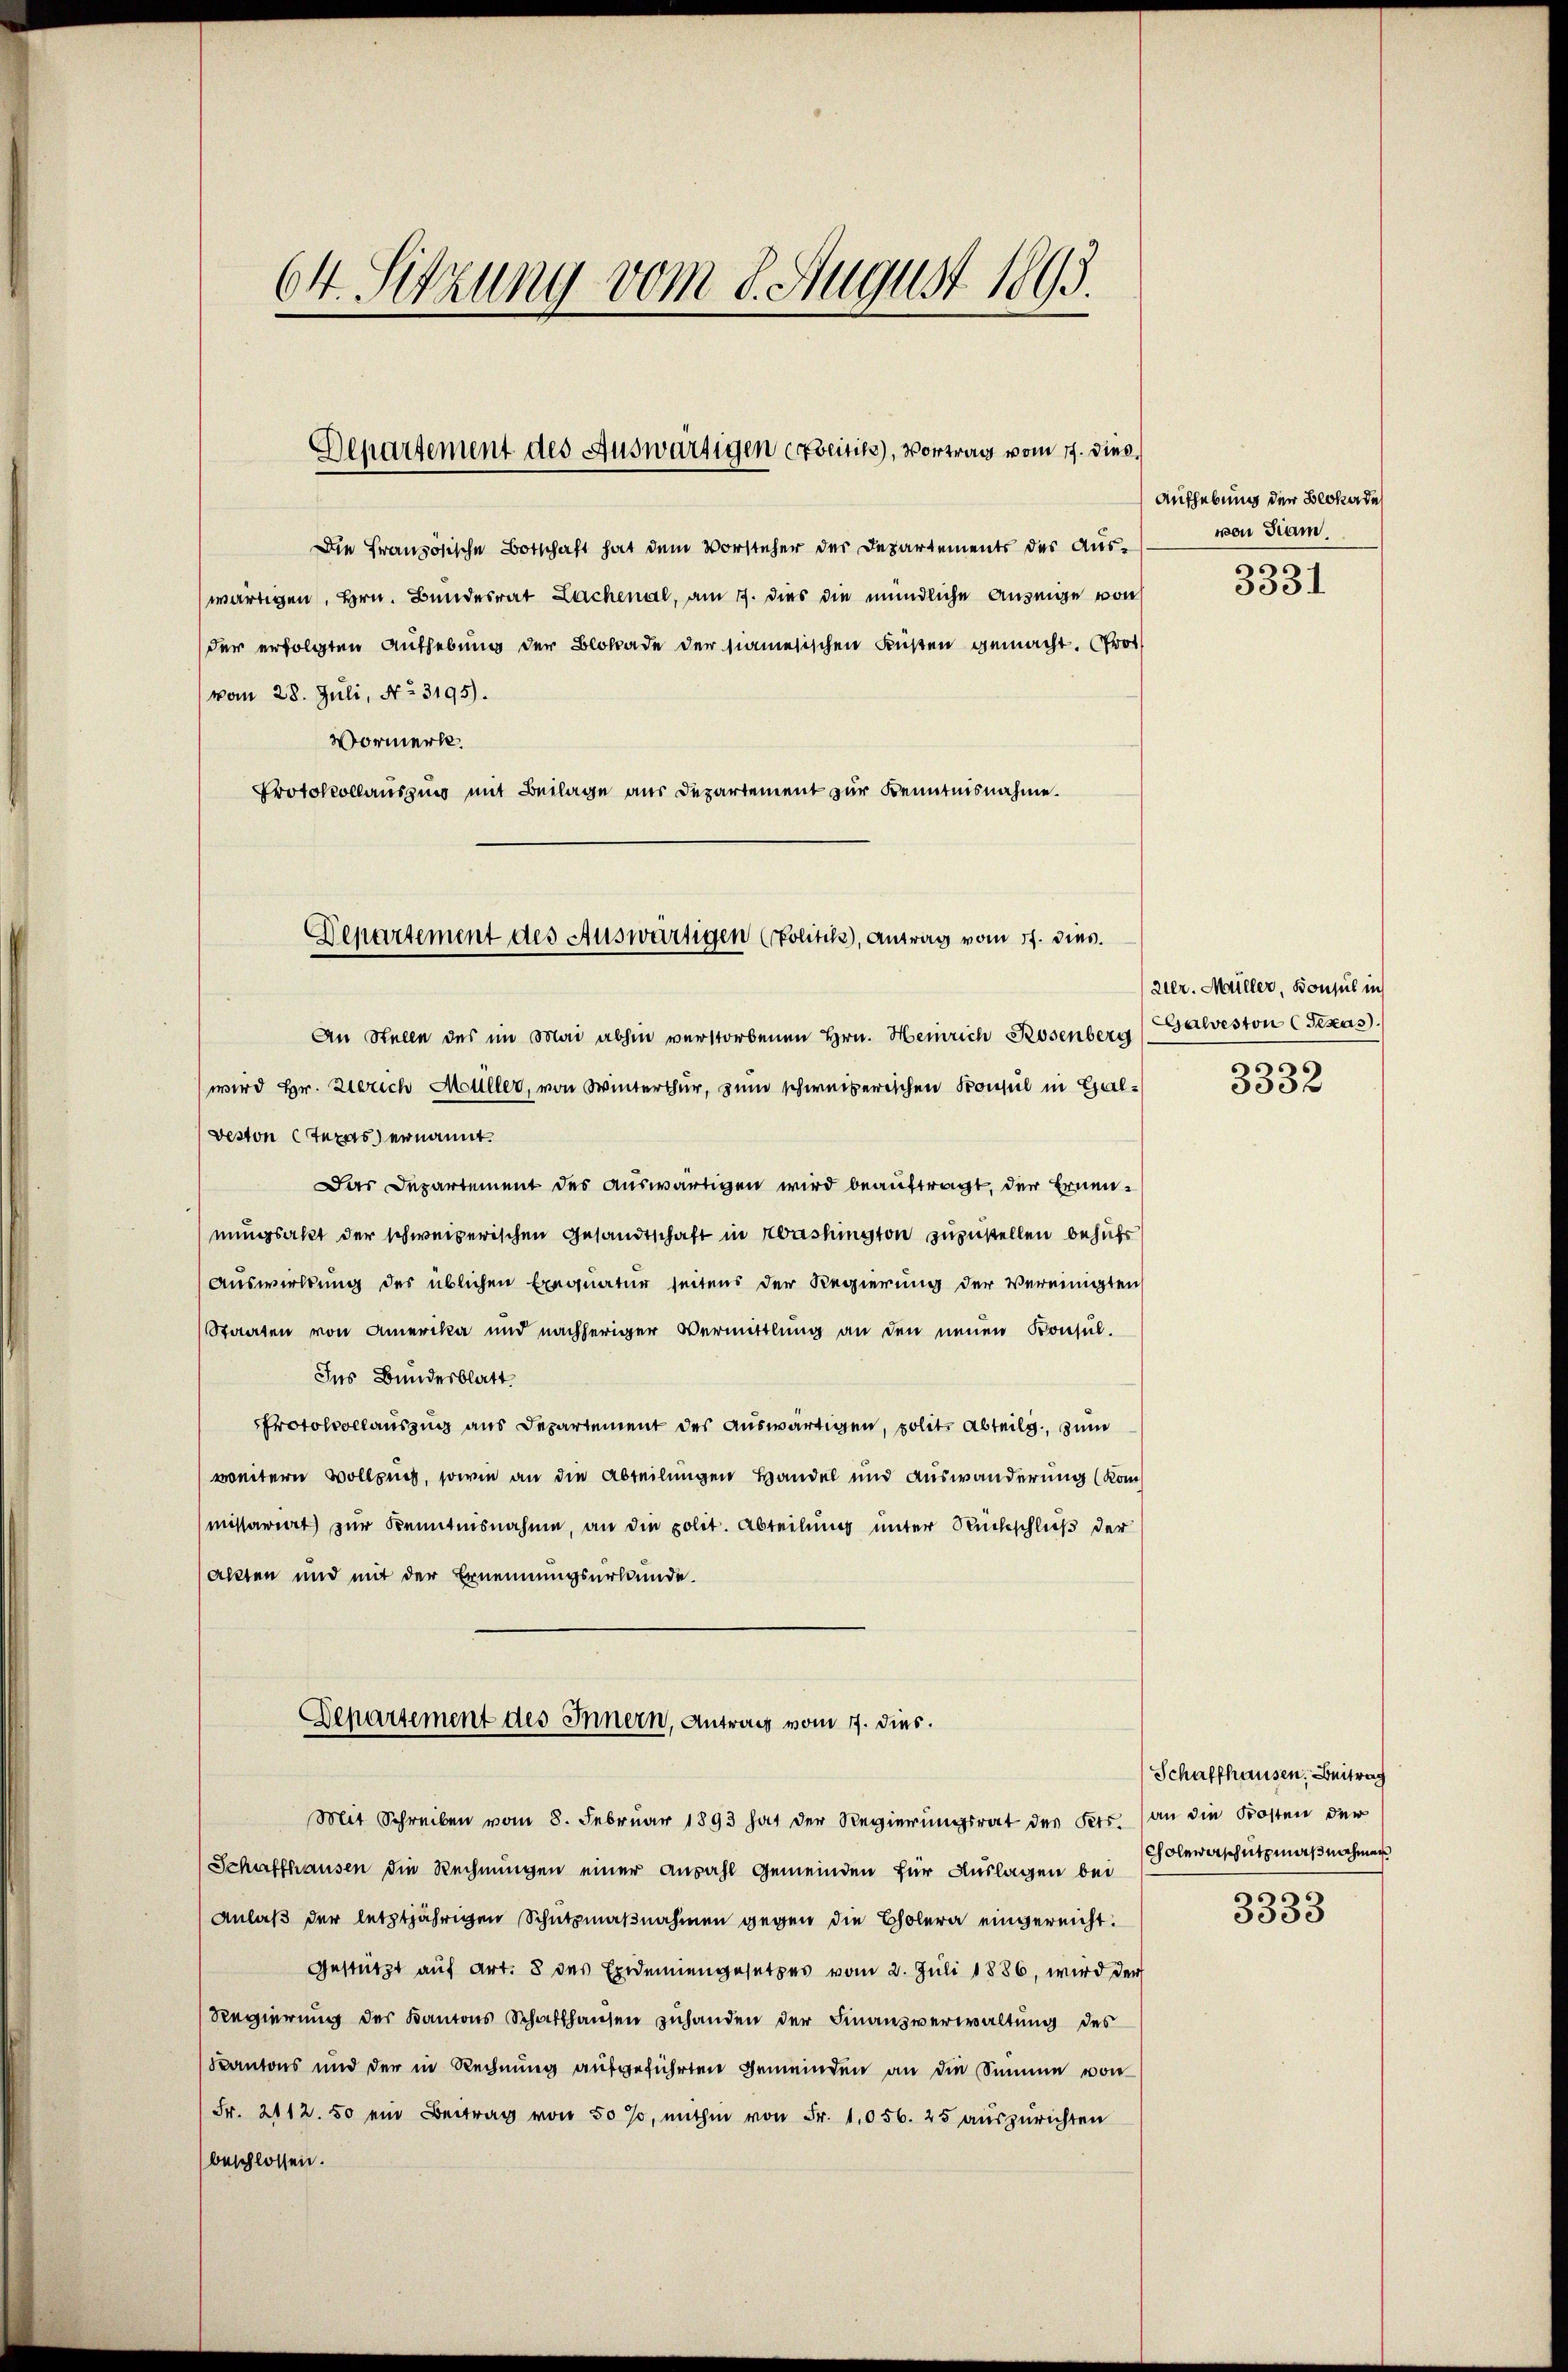
64. Sitzung vom 8. August 1893.

Departement des Auswärtigen erseitik), Vortrag vom 17. dies

Die Französische Botschaft hat dem Vorsteher der Departements der Aus-
wärtigen, Hrn. Bundesrat Lachenal, am 7. dies die mündliche Anzeige von
der erfolgten Aufhebung der Blobade der samesischen Küßen gemacht. Prot
(vom 28. Juli, No. 3195).
Vormerke.
Protokollauszung mit Beilage aus Departement zur Kenntnisnahme.

An Stelle des im Mai abhin verstorbenen Hrn. Heinrich Rosenberg
wird Hr. Zürich Müller, von Winterthur, zum schweizerischen Konsul in Hal¬
Deston Texas ernannt
Das Departement des auswärtigen wird beauftragt, der Ernennungsakt der schweizerischen Gesandtschaft in Washington zuzustellen behufs
Auswirkung des üblichen Exequatur seitens der Regierung der Vereinigten
Staaten von Amerika und nachheriger Vermittlung an den neuen Konsul-
Ins Bundesblatt
PProtokollauszug aus Departement des auswärtigen, solit. Abteilg, zum
weitern Vollpuch, sowie an die Abteilungen Handel und Auswanderung (Kommissariert zur Kenntnisnahme, an die polit. Abteilung unter Rückschluß der
akten und mit der Ernennungsurkunde.
Departement des Innern, Antrag vom 17. dies.
Mit Schreiben vom 8. Februar 1893 hat der Regierungsrat des Pers. an die Kosten der
Schaffhausen die Rechnungen einer ansahl Gemeinden für Auslagen bei
Anlaß der letztjährigen Schutzmaßnahmen gegen die Cholera eingereicht.
Gestützt auf Art. 8 des Exdeniengesetzes vom 2. Juli 1886, wird der
Regierung des Kantons Schaffhausen zuhanden der Finanzverwaltung des
Kantons und der in Rechnung aufgeführten Gemeinden an die Summe von
Fr. 2112.50 ein Beitrag von 50 %, mithin von Fr. 1056. 25 auszurichten
beschlossen.

Departement des Auswärtigen (Politik, Antrag vom 17. dies.

Aufhebung der Beckerde
von Tram.

¬
3351

zer. Müller, Konsul in
Galveston (Texas

3332

Schaffhausen. Beitrag
Choleverschutzmaßnahmen

3333